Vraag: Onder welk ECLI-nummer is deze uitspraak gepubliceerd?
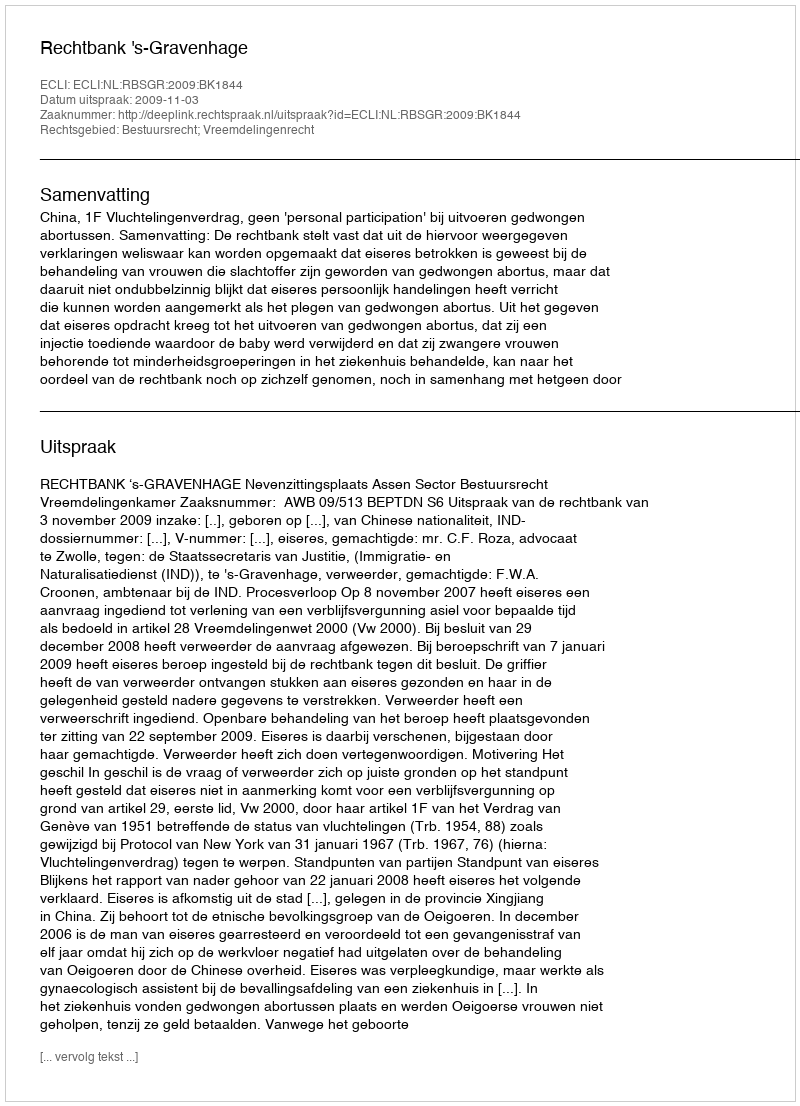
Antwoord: ECLI:NL:RBSGR:2009:BK1844